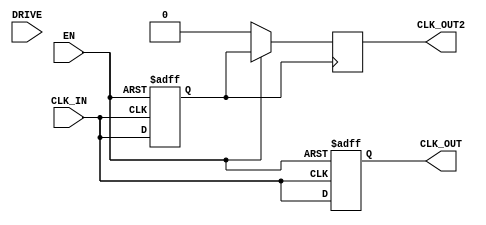
module clk_buffer (
    input wire CLK_IN,         // Clock input
    input wire EN,            // Enable signal
    output reg CLK_OUT,       // Clock output
    input wire [1:0] DRIVE,   // Drive strength control (e.g., 00: low, 01: medium, 10: high)
    output wire CLK_OUT2      // Optional second clock output for cascaded/parallel usage
);

// Parameters for propagation delay (in time units)
parameter PROP_DELAY = 2; // Example propagation delay
parameter SKEW_LIMIT = 1;  // Maximum skew allowed between outputs

// Internal variable to manage delay
reg CLK_IN_d;

// Clock buffer logic
always @(posedge CLK_IN or negedge EN) begin
    if (!EN) begin
        CLK_OUT <= 1'b0; // If disabled, output is low
        CLK_IN_d <= 1'b0;
    end else begin
        // Insert propagation delay for CLK_OUT
        #(PROP_DELAY) CLK_OUT <= CLK_IN;
        CLK_IN_d <= CLK_IN;
    end
end

// Optional second output handling with skew management
always @(posedge CLK_IN_d) begin
    if (EN) begin
        // Ensure skew is within limits
        #(SKEW_LIMIT) CLK_OUT2 <= CLK_IN_d; // Manage skew between outputs
    end else begin
        CLK_OUT2 <= 1'b0; // If disabled, output is low
    end
end

// Drive strength configurations (example implementation)
always @(DRIVE) begin
    case(DRIVE)
        2'b00: // Low drive strength
            // Implement low drive strength logic if required
            ;
        2'b01: // Medium drive strength
            // Implement medium drive strength logic if required
            ;
        2'b10: // High drive strength
            // Implement high drive strength logic if required
            ;
        default:
            // Default case to handle unexpected drive settings
            ;
    endcase
end

// Test point outputs can be added as needed for testing
assign test_clk_out = CLK_OUT; // Example test point for output
assign test_clk_out2 = CLK_OUT2; // Example test point for second output

endmodule